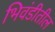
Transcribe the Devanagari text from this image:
भिवंडीतील